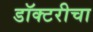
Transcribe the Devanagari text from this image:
डॉक्टरीचा